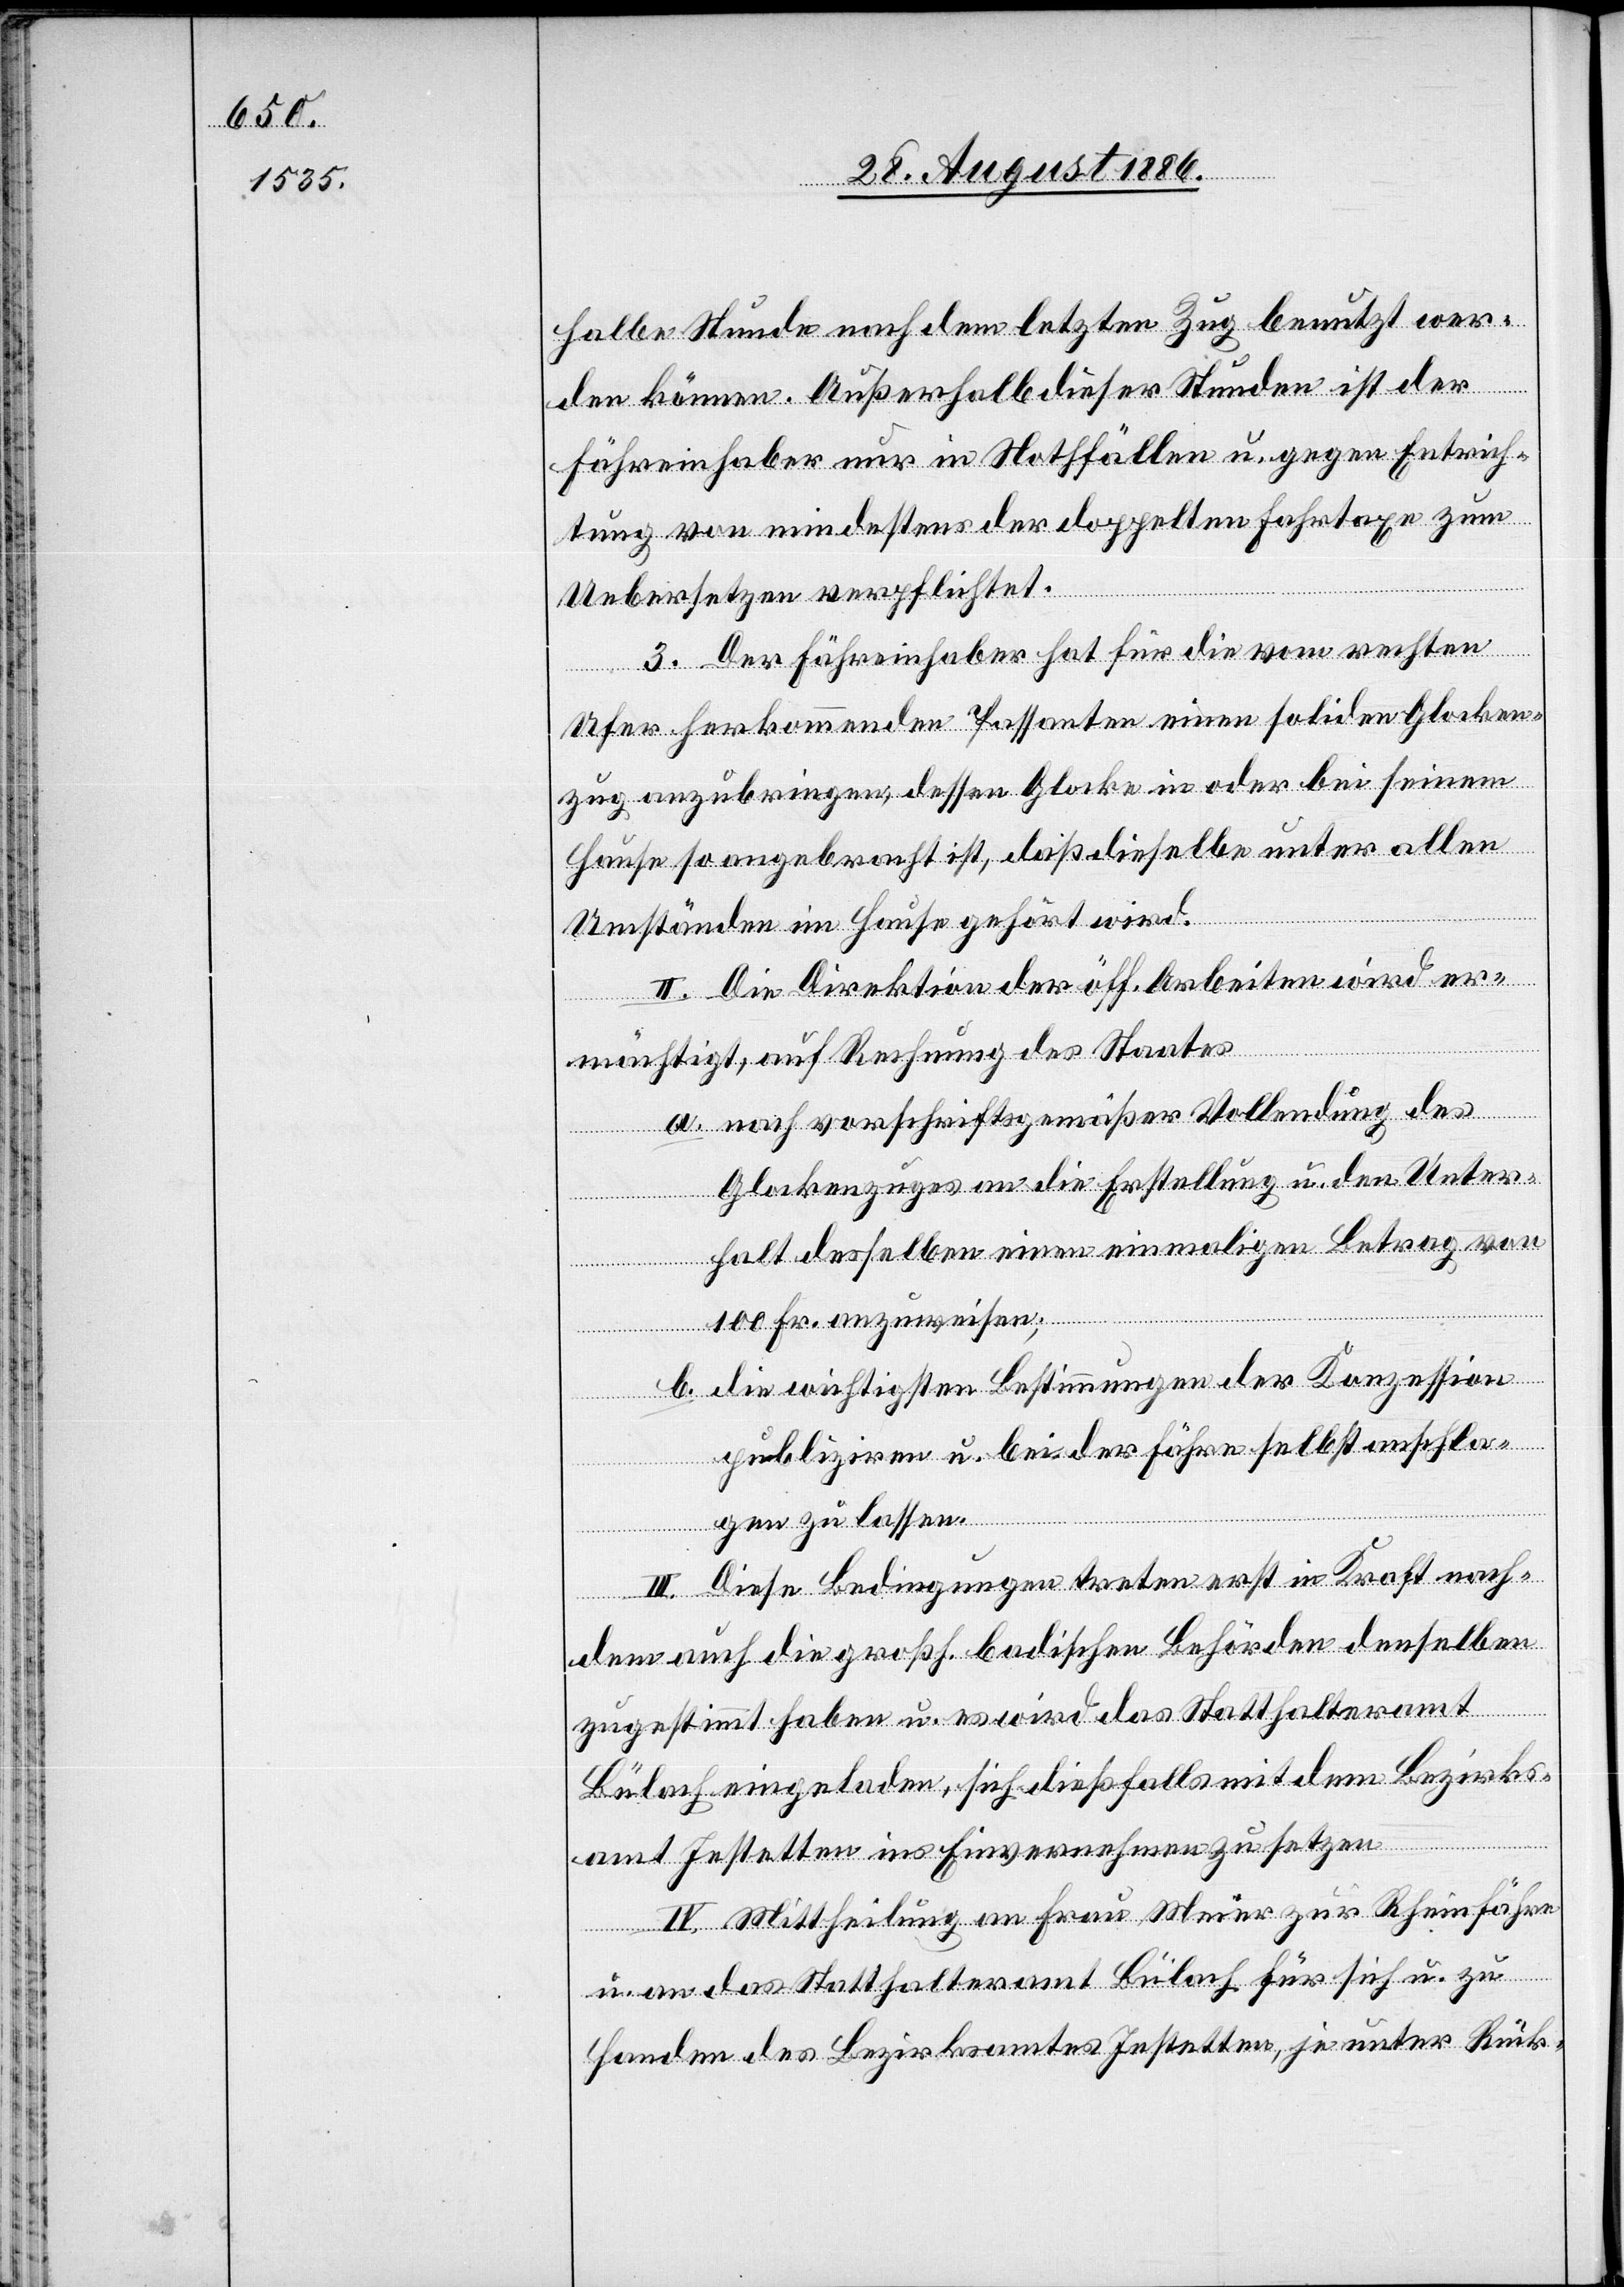
halbe Stunde nach dem letzten Zug benutzt wer¬
den können. Außerhalb dieser Stunden ist der
Fähreinhaber nur in Nothfällen u. gegen Entrich¬
tung von mindestens der doppelten Fahrtaxe zum
Uebersetzen verpflichtet.
3. Der Fähreinhaber hat für die vom rechten
Ufer herkommenden Passanten einen soliden Glocken¬
zug anzubringen, dessen Glocke in oder bei seinem
Hause so angebracht ist, daß dieselbe unter allen
Umständen im Hause gehört wird.
II. Die Direktion der öff. Arbeiten wird er¬
mächtigt, auf Rechnung des Staates
a. nach vorschriftsgemäßer Vollendung des
Glockenzuges an die Erstellung u. den Unter¬
halt desselben einen einmaligen Betrag von
100 Fr. anzuweisen;
b. die wichtigsten Bestimmungen der Konzession
publiziren u. bei der Fähre selbst anschla¬
gen zu lassen.
III. Diese Bedingungen treten erst in Kraft nach¬
dem auch die großh. badischen Behörden denselben
zugestimmt haben u. es wird das Statthalteramt
Bülach eingeladen, sich dießfalls mit dem Bezirks¬
amt Jestetten ins Einvernehmen zu setzen.
IV. Mittheilung an Frau Meier zur Rheinfähre
u.
an das Statthalteramt Bülach für sich u. zu
Handen des Bezirksamtes Jestetten, je unter Rück-